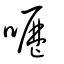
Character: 嚦